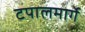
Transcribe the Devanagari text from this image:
टपालमार्गे